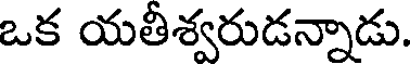
ఒక యతీశ్వరుడన్నాడు.